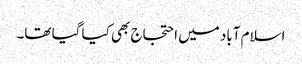
اسلام آباد میں احتجاج بھی کیا گیا تھا۔